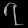
Digit: ၇